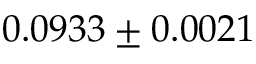
0 . 0 9 3 3 \pm 0 . 0 0 2 1